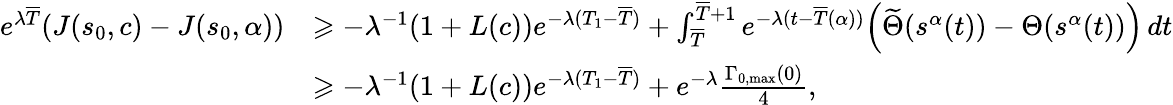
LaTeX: \begin{array}{rl}{e^{\lambda\overline{{T}}}(J(s_{0},c)-J(s_{0},\alpha))}&{\geqslant-\lambda^{-1}(1+L(c))e^{-\lambda(T_{1}-\overline{{T}})}+\int_{\overline{{T}}}^{\overline{{T}}+1}e^{-\lambda(t-\overline{{T}}(\alpha))}\Bigl(\widetilde{\Theta}(s^{\alpha}(t))-{\Theta}(s^{\alpha}(t))\Bigr)\, dt}\\ &{\geqslant-\lambda^{-1}(1+L(c))e^{-\lambda(T_{1}-\overline{{T}})}+e^{-\lambda}\frac{\Gamma_{0,\operatorname*{max}}(0)}4,}\end{array}